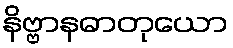
နိဗ္ဗာနဓာတုယော